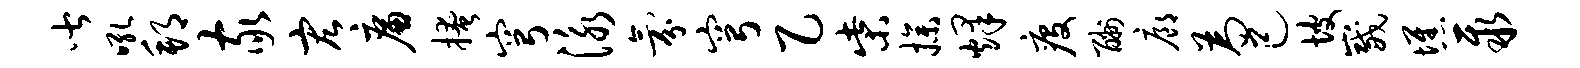
皆吼邦家宏廉掩穹泳氛穹乙柴操烽疫酬廊为己坡崴憔聚